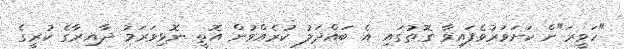
"ހަވީރަ"ށް ކަށަވަރުވެފައިވާ ގޮތުގައި އެ ބައްދަލު ކުރެއްވުން އޮތީ ނޮޅިވަރަމު ދާއިރާގެ ކުރީގެ